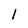
Character: 1